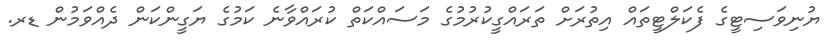
ޔުނިވަސިޓީގެ ފެކަލްޓީތައް އިތުރަށް ތަަރައްގީކުރުމުގެ މަސައްކަތް ކުރައްވާނެ ކަމުގެ ޔަގީންކަން ދެއްވަމުން ޑރ.